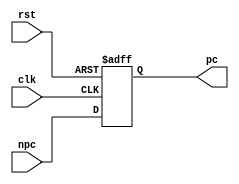
module pc(clk, rst, npc, pc);
  input clk, rst;
  input [31:0] npc;
  output reg [31:0] pc;
  
  always @(posedge clk or posedge rst)
  begin 
    if (rst == 1) pc <= 32'h0000_3000;
    else pc <= npc;
  end
endmodule